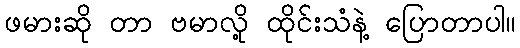
ဖမားဆို တာ ဗမာလို့ ထိုင်းသံနဲ့ ပြောတာပါ။